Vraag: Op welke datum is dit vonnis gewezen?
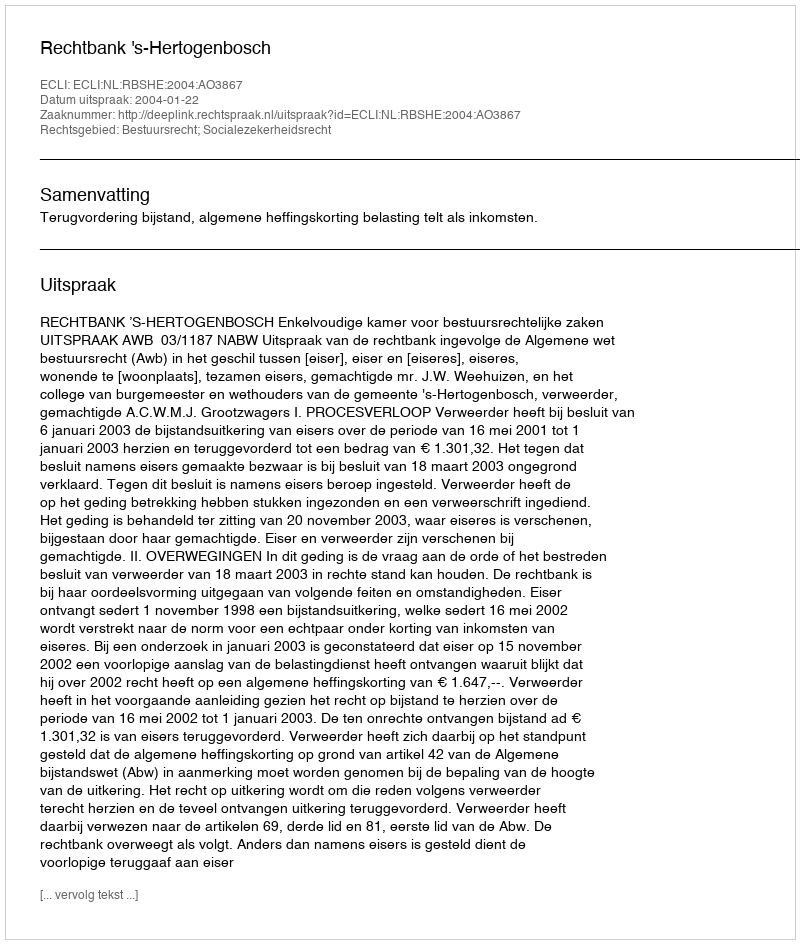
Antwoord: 2004-01-22